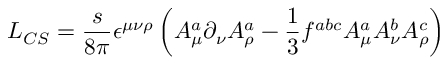
L _ { C S } = \frac s { 8 \pi } \epsilon ^ { \mu \nu \rho } \left( A _ { \mu } ^ { a } \partial _ { \nu } A _ { \rho } ^ { a } - \frac 1 3 f ^ { a b c } A _ { \mu } ^ { a } A _ { \nu } ^ { b } A _ { \rho } ^ { c } \right)